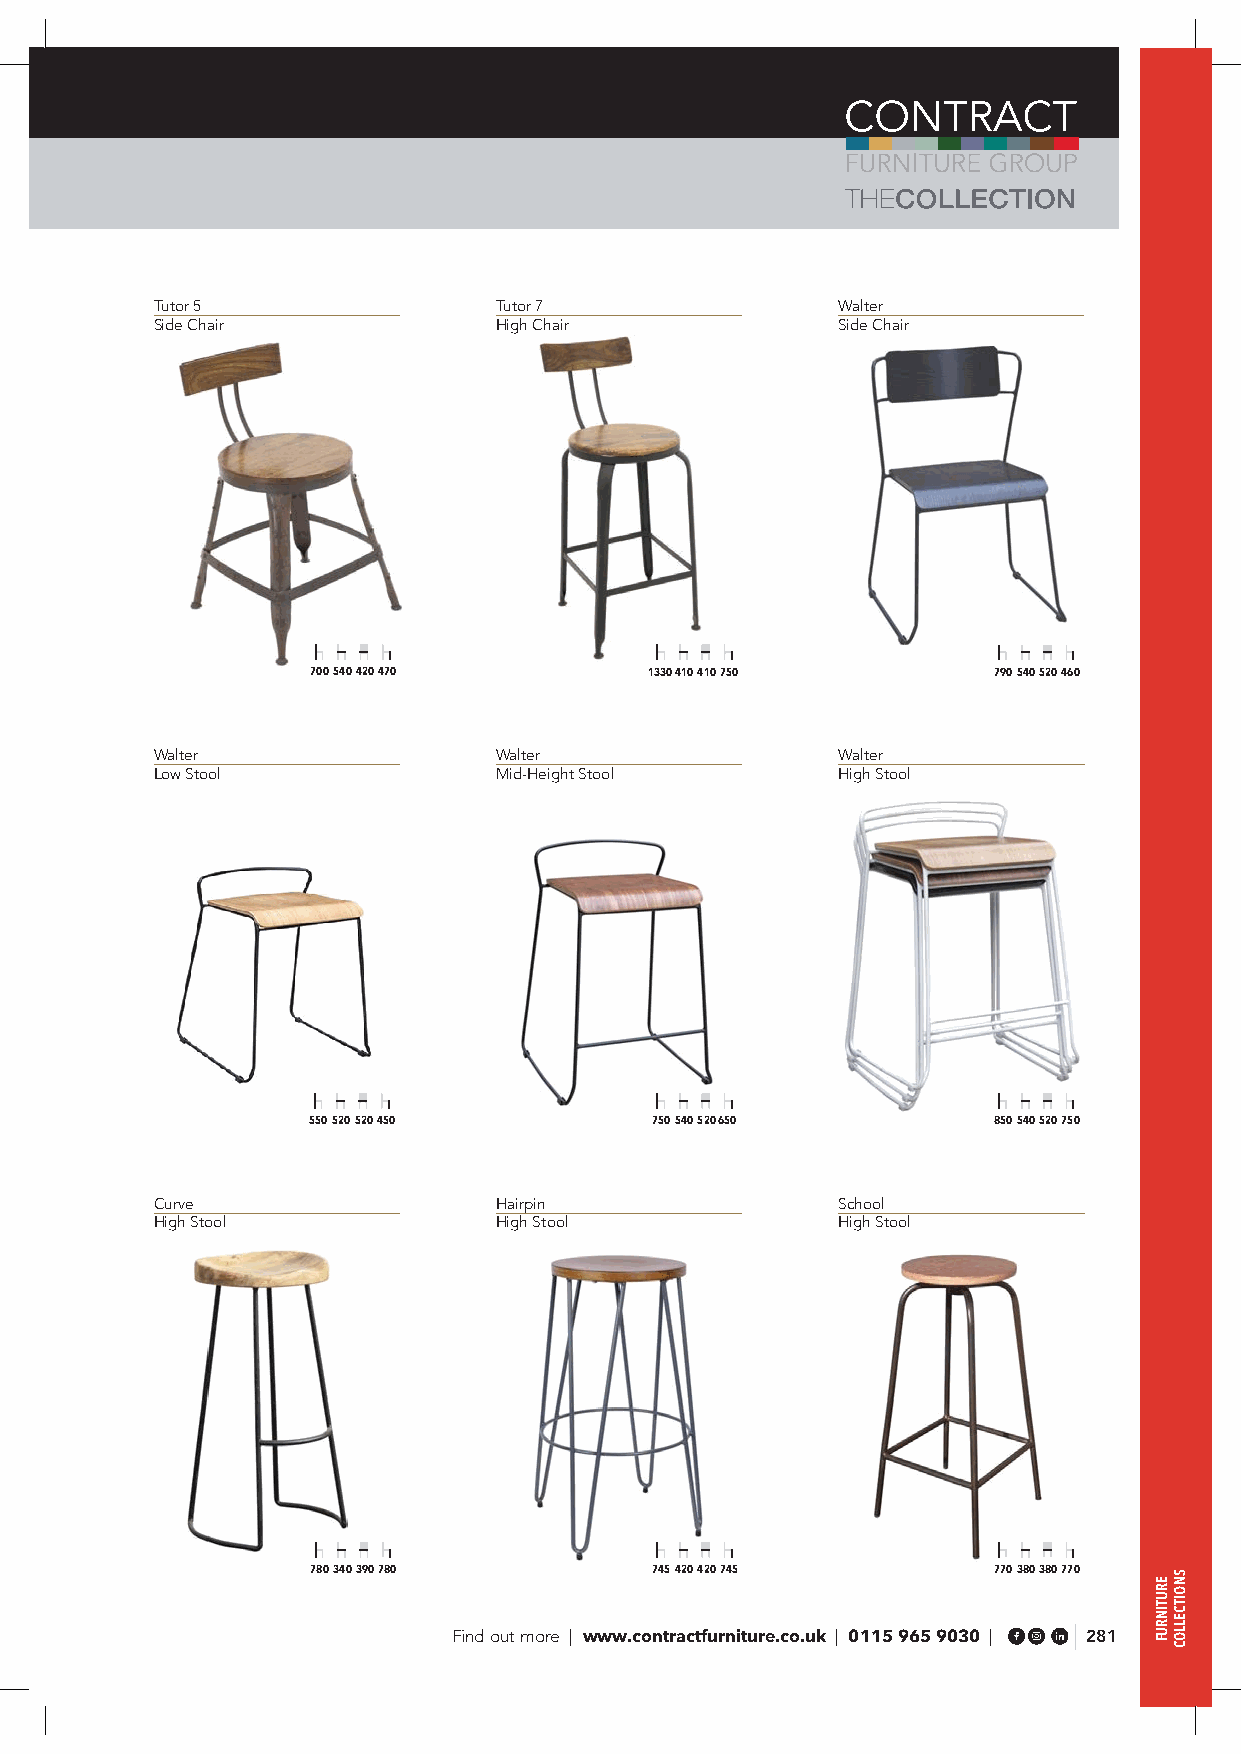
Tutor 5                Tutor 7               Walter
 Side Chair             High Chair            Side Chair
 700 540 420 470       1330 410 410 750       790 540 520 460
 Walter                 Walter                Walter
 Low Stool              Mid-Height Stool      High Stool
 550 520 520 450        750 540 520 650        850 540 520 750
 Curve                  Hairpin               School
 High Stool             High Stool            High Stool
 780 340 390 780       745 420 420 745        770 380 380 770
 Find out more | www.contractfurniture.co.uk | 0115 965 9030 | 281
 ERUTINRUF
 SNOITCELLOC